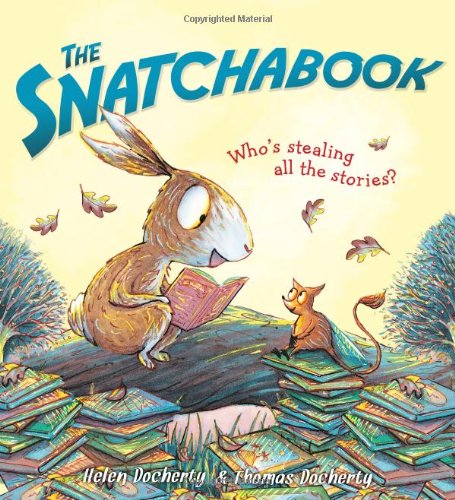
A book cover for The Snatchabook; Helen Docherty; Children's Books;